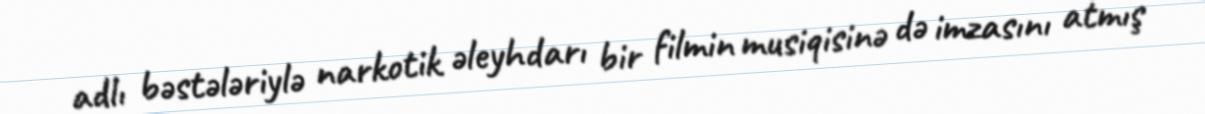
adlı bəstələriylə narkotik əleyhdarı bir filmin musiqisinə də imzasını atmış